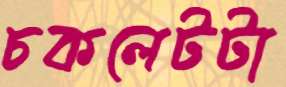
চকলেটটা